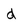
Character: d